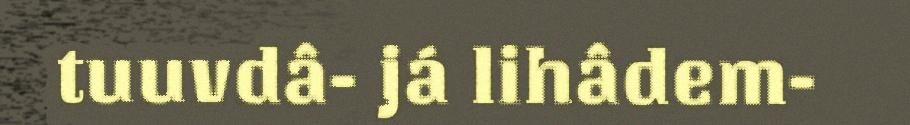
tuuvdâ- já lihâdem-